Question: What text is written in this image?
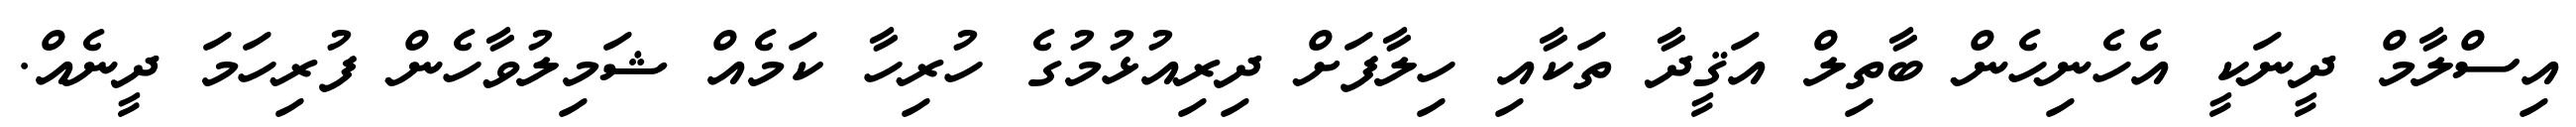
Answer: އިސްލާމް ދީނަކީ އެހެނިހެން ބާތިލް އަޤީދާ ތަކާއި ހިލާފަށް ދިރިއުޅުމުގެ ހުރިހާ ކަމެއް ޝަމިލުވާހެން ފުރިހަމަ ދީނެއް.